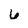
Character: 6